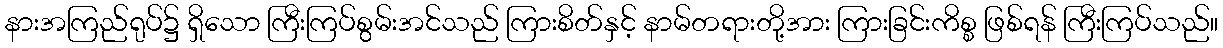
နားအကြည်ရုပ်၌ ရှိသော ကြီးကြပ်စွမ်းအင်သည် ကြားစိတ်နှင့် နာမ်တရားတို့အား ကြားခြင်းကိစ္စ ဖြစ်ရန် ကြီးကြပ်သည်။